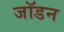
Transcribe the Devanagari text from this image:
जॉडन